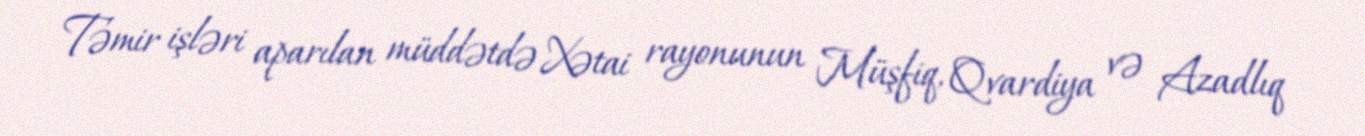
Təmir işləri aparılan müddətdə Xətai rayonunun Müşfiq, Qvardiya və Azadlıq